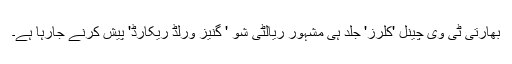
بھارتی ٹی وی چینل 'کلرز' جلد ہی مشہور ریالٹی شو ' گنیز ورلڈ ریکارڈ' پیش کرنے جارہا ہے۔